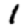
Digit: 1